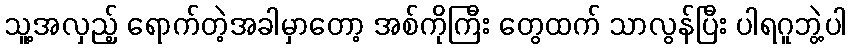
သူ့အလှည့် ရောက်တဲ့အခါမှာတော့ အစ်ကိုကြီး တွေထက် သာလွန်ပြီး ပါရဂူဘွဲ့ပါ